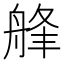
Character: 艂